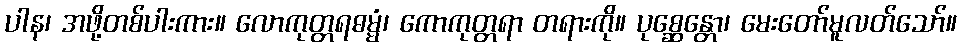
ပါန၊ အဖို့တစ်ပါးကား။ လောကုတ္တရဓမ္မံ၊ ကောကုတ္တရာ တရားကို။ ပုစ္ဆေန္တော၊ မေးတော်မူလတ်သော်။